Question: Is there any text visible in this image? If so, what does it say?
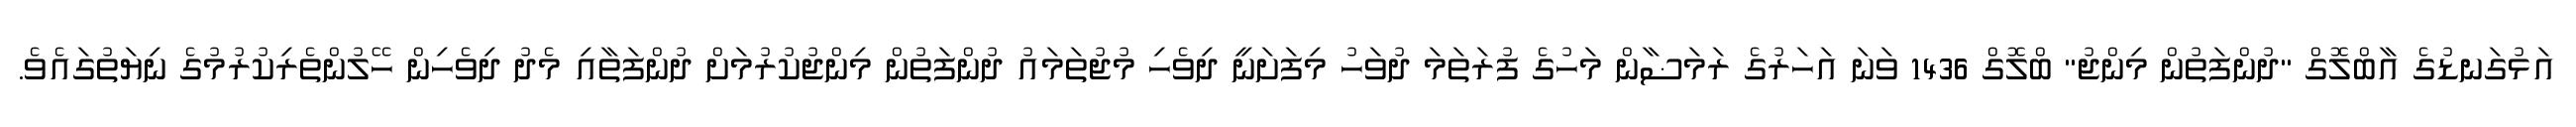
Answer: އަޅުގަނޑުގެ އާބްލޮގް "ދުންފަތުން މިންޖު" ބްލޮގް 1436 ވަނަ އަހަރުގެ ރަމަޟާން މަހުގެ ފުރަތަމަ ދުވަހު މިފަށަނީ ދިވެހި މުޖުތަމައު ދުންފަތުން މިންޖުކުރުމަށް ދުންފަތާއި މެދު ދިވެހިން ހޭލުންތެރިކުރުމުގެ ނިޔަތުގައެވެ.